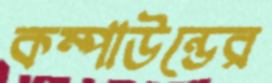
কম্পাউন্ডের